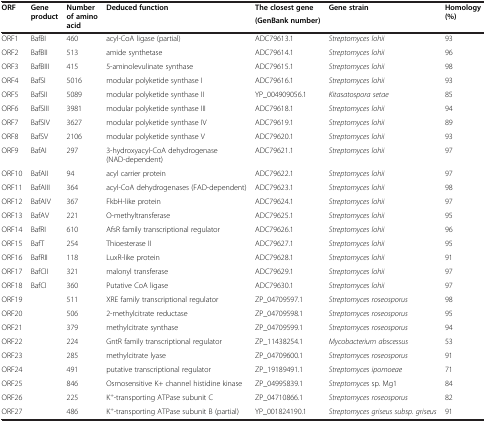
<table><thead><tr><td rowspan="2"><b>ORF</b></td><td rowspan="2"><b>Gene product</b></td><td rowspan="2"><b>Number of amino acid</b></td><td rowspan="2"><b>Deduced function</b></td><td><b>The closest gene</b></td><td rowspan="2"><b>Gene strain</b></td><td rowspan="2"><b>Homology (%)</b></td></tr><tr><td><b>(GenBank number)</b></td></tr></thead><tbody><tr><td>ORF1</td><td>BafBI</td><td>460</td><td>acyl-CoA ligase (partial)</td><td>ADC79613.1</td><td><i>Streptomyces lohii</i></td><td>93</td></tr><tr><td>ORF2</td><td>BafBII</td><td>513</td><td>amide synthetase</td><td>ADC79614.1</td><td><i>Streptomyces lohii</i></td><td>96</td></tr><tr><td>ORF3</td><td>BafBIII</td><td>415</td><td>5-aminolevulinate synthase</td><td>ADC79615.1</td><td><i>Streptomyces lohii</i></td><td>98</td></tr><tr><td>ORF4</td><td>BafSI</td><td>5016</td><td>modular polyketide synthase I</td><td>ADC79616.1</td><td><i>Streptomyces lohii</i></td><td>93</td></tr><tr><td>ORF5</td><td>BafSII</td><td>5089</td><td>modular polyketide synthase II</td><td>YP_004909056.1</td><td><i>Kitasatospora setae</i></td><td>85</td></tr><tr><td>ORF6</td><td>BafSIII</td><td>3981</td><td>modular polyketide synthase III</td><td>ADC79618.1</td><td><i>Streptomyces lohii</i></td><td>94</td></tr><tr><td>ORF7</td><td>BafSIV</td><td>3627</td><td>modular polyketide synthase IV</td><td>ADC79619.1</td><td><i>Streptomyces lohii</i></td><td>89</td></tr><tr><td>ORF8</td><td>BafSV</td><td>2106</td><td>modular polyketide synthase V</td><td>ADC79620.1</td><td><i>Streptomyces lohii</i></td><td>93</td></tr><tr><td>ORF9</td><td>BafAI</td><td>297</td><td>3-hydroxyacyl-CoA dehydrogenase (NAD-dependent)</td><td>ADC79621.1</td><td><i>Streptomyces lohii</i></td><td>97</td></tr><tr><td>ORF10</td><td>BafAII</td><td>94</td><td>acyl carrier protein</td><td>ADC79622.1</td><td><i>Streptomyces lohii</i></td><td>97</td></tr><tr><td>ORF11</td><td>BafAIII</td><td>364</td><td>acyl-CoA dehydrogenases (FAD-dependent)</td><td>ADC79623.1</td><td><i>Streptomyces lohii</i></td><td>98</td></tr><tr><td>ORF12</td><td>BafAIV</td><td>367</td><td>FkbH-like protein</td><td>ADC79624.1</td><td><i>Streptomyces lohii</i></td><td>97</td></tr><tr><td>ORF13</td><td>BafAV</td><td>221</td><td>O-methyltransferase</td><td>ADC79625.1</td><td><i>Streptomyces lohii</i></td><td>95</td></tr><tr><td>ORF14</td><td>BafRI</td><td>610</td><td>AfsR family transcriptional regulator</td><td>ADC79626.1</td><td><i>Streptomyces lohii</i></td><td>96</td></tr><tr><td>ORF15</td><td>BafT</td><td>254</td><td>Thioesterase II</td><td>ADC79627.1</td><td><i>Streptomyces lohii</i></td><td>95</td></tr><tr><td>ORF16</td><td>BafRII</td><td>118</td><td>LuxR-like protein</td><td>ADC79628.1</td><td><i>Streptomyces lohii</i></td><td>91</td></tr><tr><td>ORF17</td><td>BafCII</td><td>321</td><td>malonyl transferase</td><td>ADC79629.1</td><td><i>Streptomyces lohii</i></td><td>97</td></tr><tr><td>ORF18</td><td>BafCI</td><td>360</td><td>Putative CoA ligase</td><td>ADC79630.1</td><td><i>Streptomyces lohii</i></td><td>97</td></tr><tr><td>ORF19</td><td> </td><td>511</td><td>XRE family transcriptional regulator</td><td>ZP_04709597.1</td><td><i>Streptomyces roseosporus</i></td><td>98</td></tr><tr><td>ORF20</td><td> </td><td>506</td><td>2-methylcitrate reductase</td><td>ZP_04709598.1</td><td><i>Streptomyces roseosporus</i></td><td>95</td></tr><tr><td>ORF21</td><td> </td><td>379</td><td>methylcitrate synthase</td><td>ZP_04709599.1</td><td><i>Streptomyces roseosporus</i></td><td>94</td></tr><tr><td>ORF22</td><td> </td><td>224</td><td>GntR family transcriptional regulator</td><td>ZP_11438254.1</td><td><i>Mycobacterium abscessus</i></td><td>53</td></tr><tr><td>ORF23</td><td> </td><td>285</td><td>methylcitrate lyase</td><td>ZP_04709600.1</td><td><i>Streptomyces roseosporus</i></td><td>91</td></tr><tr><td>ORF24</td><td> </td><td>491</td><td>putative transcriptional regulator</td><td>ZP_19189491.1</td><td><i>Streptomyces ipomoeae</i></td><td>71</td></tr><tr><td>ORF25</td><td> </td><td>846</td><td>Osmosensitive K+ channel histidine kinase</td><td>ZP_04995839.1</td><td><i>Streptomyces</i> sp. Mg1</td><td>84</td></tr><tr><td>ORF26</td><td> </td><td>225</td><td>K<sup>+</sup>-transporting ATPase subunit C</td><td>ZP_04710866.1</td><td><i>Streptomyces roseosporus</i></td><td>82</td></tr><tr><td>ORF27</td><td> </td><td>486</td><td>K<sup>+</sup>-transporting ATPase subunit B (partial)</td><td>YP_001824190.1</td><td><i>Streptomyces griseus subsp. griseus</i></td><td>91</td></tr></tbody></table>